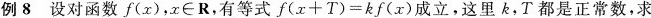
例8设对函数f(x)，$$x \in R$$，有等式$$f ( x + T ) = k f ( x )$$成立，这里k，T都是正常数，求